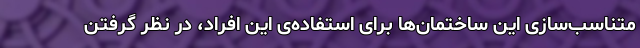
متناسب‌سازی این ساختمان‌ها برای استفاده‌ی این افراد، در نظر گرفتن